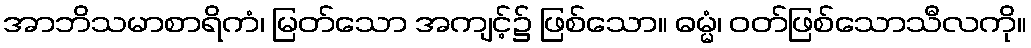
အာဘိသမာစာရိကံ၊ မြတ်သော အကျင့်၌ ဖြစ်သော။ ဓမ္မံ၊ ဝတ်ဖြစ်သောသီလကို။